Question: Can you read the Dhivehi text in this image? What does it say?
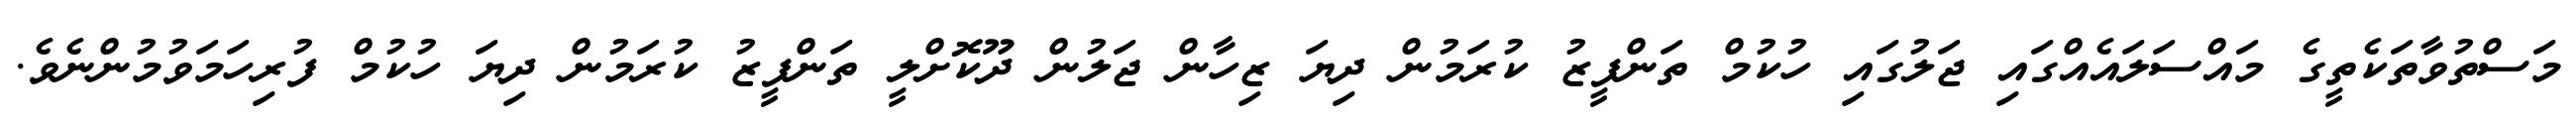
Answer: މަސްތުވާތަކެތީގެ މައްސަލައެއްގައި ޖަލުގައި ހުކުމް ތަންފީޒު ކުރަމުން ދިޔަ ޒިހާން ޖަލުން ދޫކޮށްލީ ތަންފީޒު ކުރަމުން ދިޔަ ހުކުމް ފުރިހަމަވުމުންނެވެ.